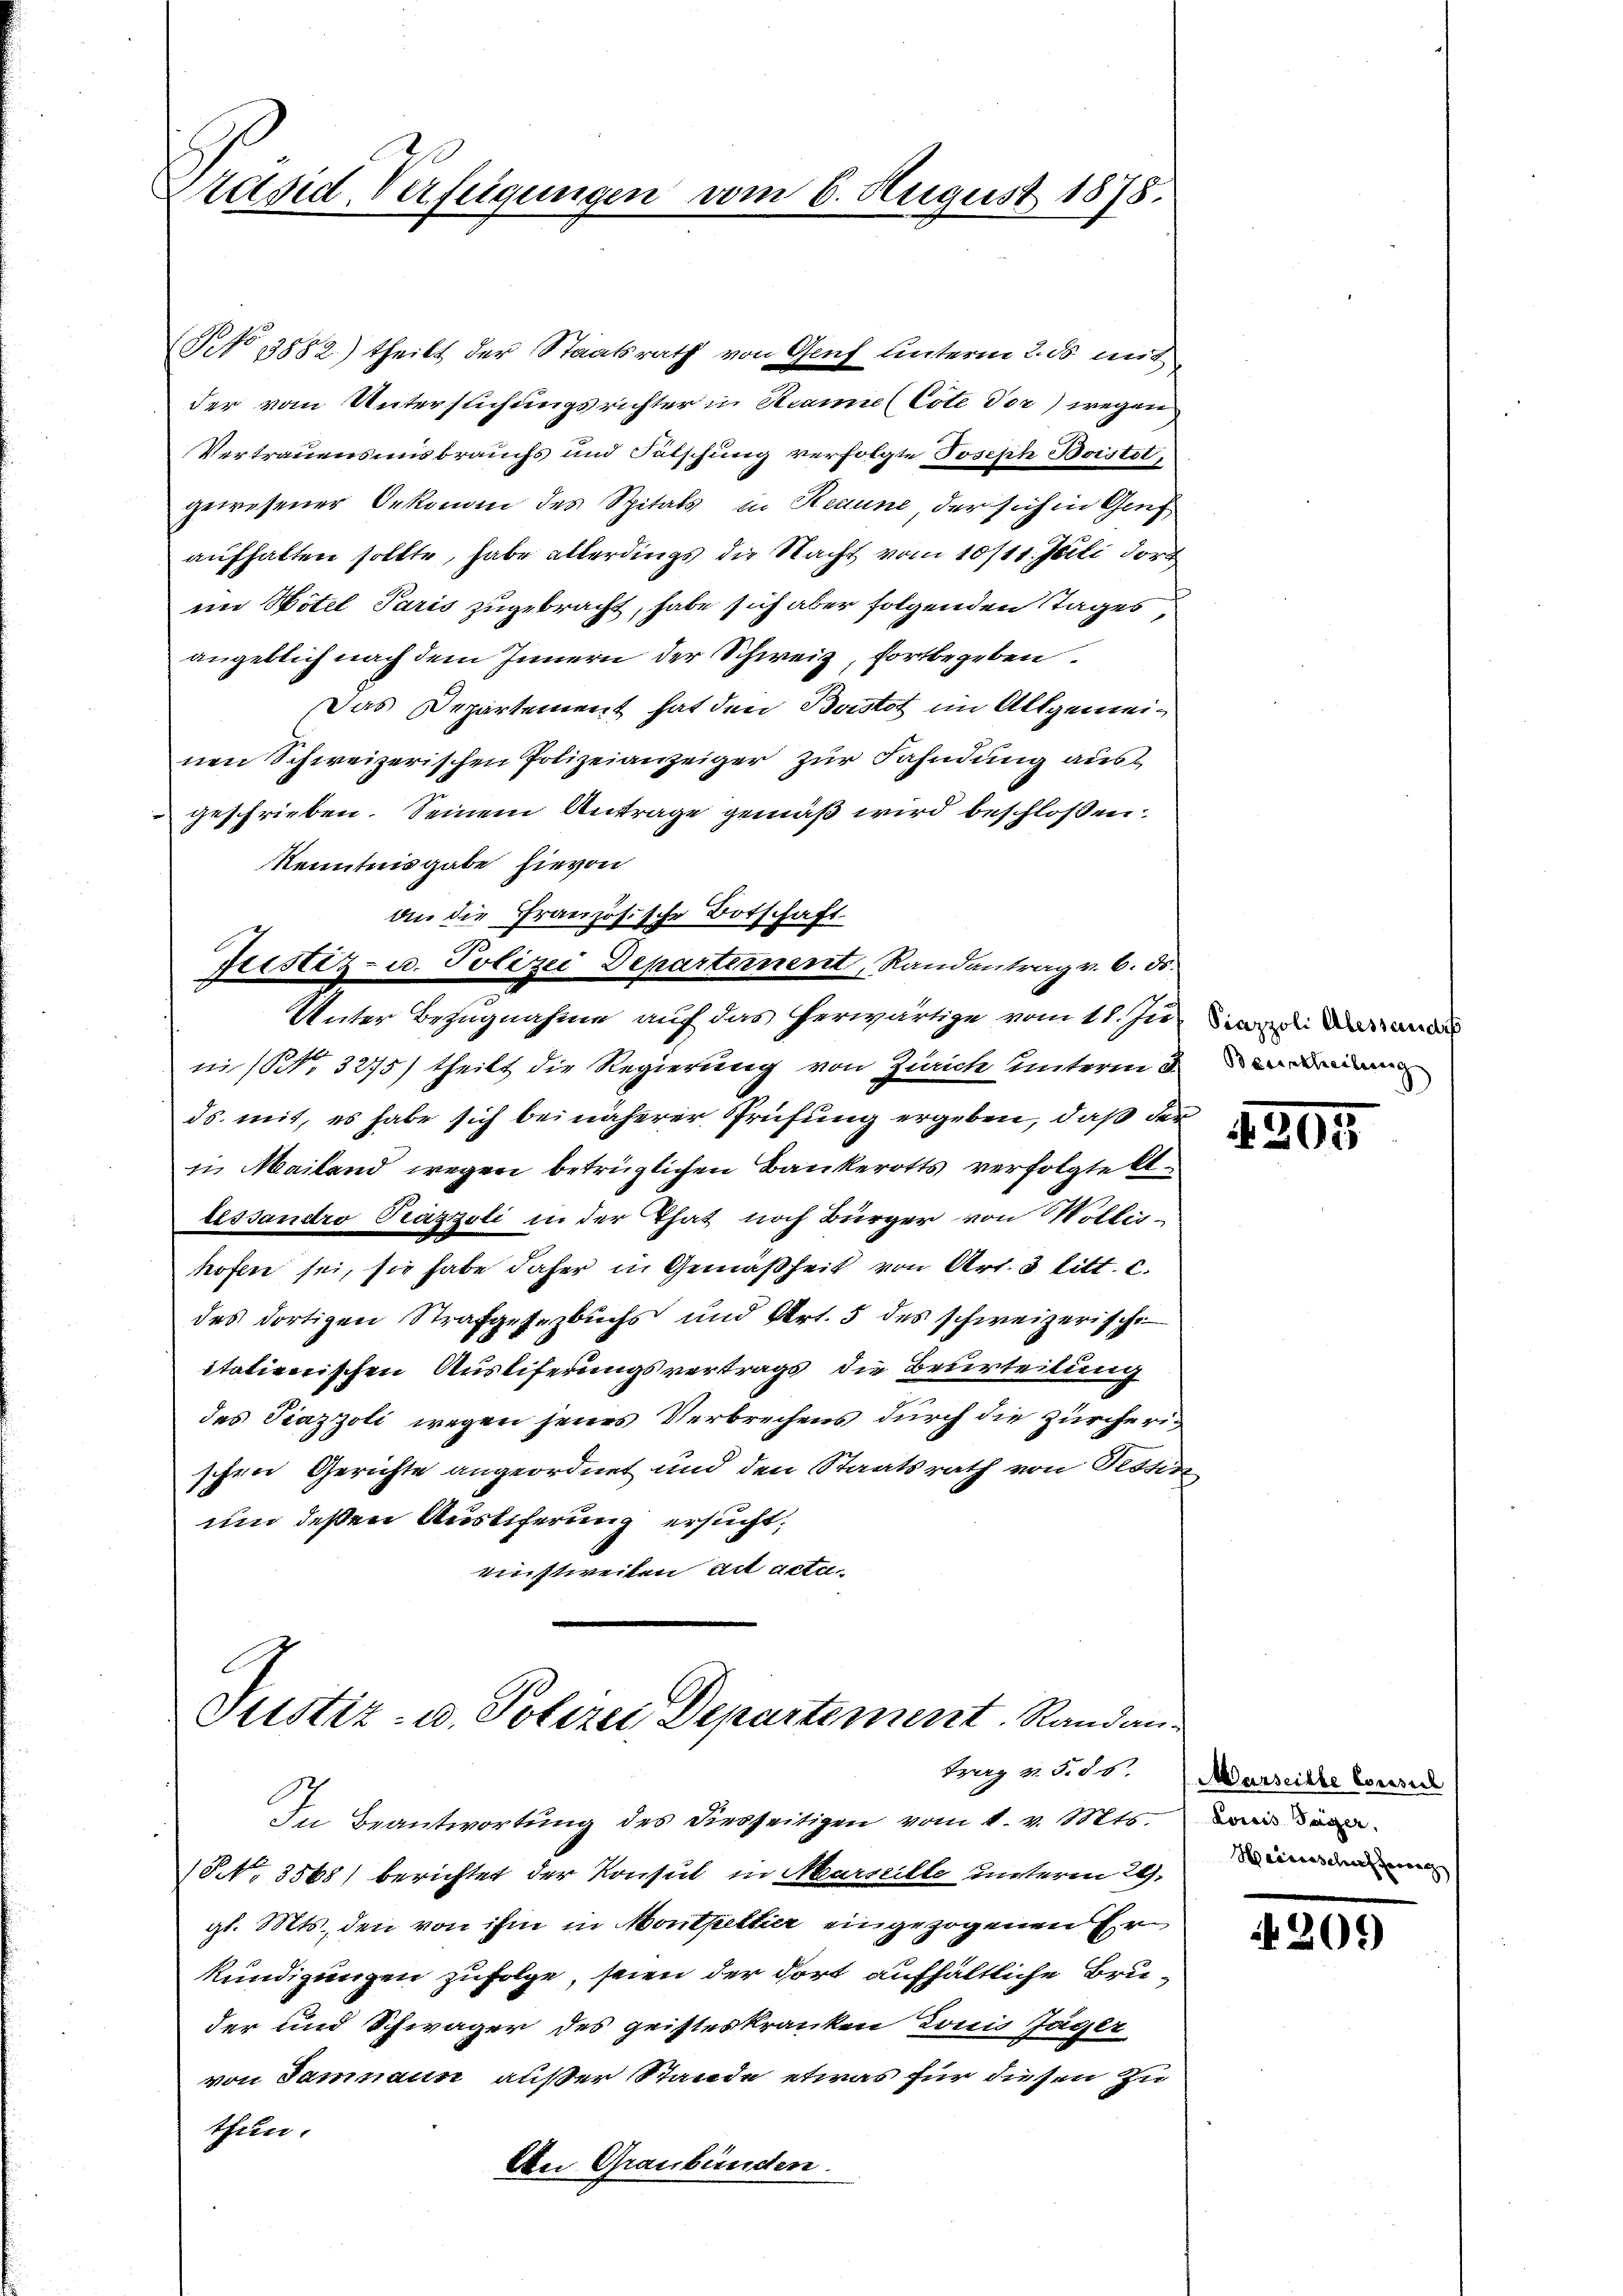
Präsid. Verfügungen vom 6. August 1878.

No 13882) theilt der Staatsrath von Genf unterm 2. ds. mit
der vom Unterstichungsrichter in Branne (Cote dor) wegen
Vertrauensmisbrauchs und Futschung verfolgte Joseph Boistet,
gewesener Oekonom des Spitals in Remune, der sich in Genf
aufhalten sollte, habe allerdings die Nacht vom 10/11. Juli der
im Hotel Paris zugebracht, habe sich aber folgenden Tages,
angeblich nach dem Innern der Schweiz, fortbegeben.
Das Departement hat den Buistot im Allgemeinen Schweizerischen Polizeianzeiger zur Fahndung ausgeschrieben. Seinem Antrage gemäß wird beschloßen:
Kenntnisgabe hievon
an die Französische Botschaft.
Justiz- u. Polizei Departernent, Randantrag v. 6. ds.
Unter Bezugnahme auf das herwärtige vom 11. Juni dan
ni (NNo. 3275) theilt die Regierung von Zürich unterm der di
ds. mit, es habe sich bei näherer Prüfung ergeben, daß der
in Mailand wegen betrüglichen Bankerotts verfolgte A
lessandro Präzzoli in der That noch Bürger von Wollishofen sei, sie habe daher in Gemäßheit von Art. 3 litt. c.
des dortigen Strafgesezbuchs und Art. 5 des schweizerische
itatienischen Ausliferungsvertrags die Beurteilung
des Piazzoli wegen jenes Verbrechens durch die Zürcherischen Gerichte angeordnet und den Staatsrath von Tessis
um deßen Äustiferung ersucht,
kreistweilen ad actu

Justiz- u. Polizei Departement Randan

In Beantwortung des diesseitigen vom 1. v. Mts.
NNo. 3565) berichtet der Konsul in Marseille unterm 29.
gl. Mts., den von ihm in Monthettier eingezogenen Er
kundigungen zufolge, seien der dort aufhältliche Bruder und Schwäger des geisteskranken Louis Jäger
von Samnaun außer Stande etwas für diesen zu
thun.
An Graubünden

1395

Bperg v. 5. ds. Marseihte Considl
Loris Sager.
Heisenschen herau

209